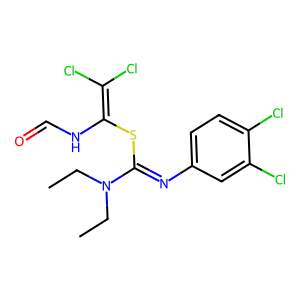
SMILES: CCN(CC)C(=Nc1ccc(Cl)c(Cl)c1)SC(NC=O)=C(Cl)Cl
Inhibits HIV replication: No